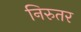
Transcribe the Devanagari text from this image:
निरुतर